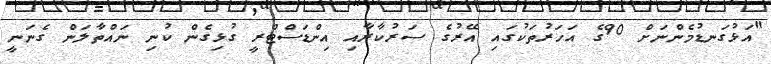
"އަޅުގަނޑުމެންނަށް 90ގެ އަހަރުތަކުގައި އޭރުގެ ސަރުކާރާއި އިންޑަސްޓްރީ ގުޅިގެން ކުނި ނައްތާލަން ގެނަނީ